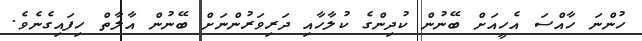
ހުންނަ ހާއްސަ އެހީއަށް ބޭނުން ކުދިންގެ ކުލާހާއި ދަރިވަރުންނަށް ބޭނުން އާލާތް ހިފައިގެނެވެ.